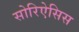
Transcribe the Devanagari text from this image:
सोरिऐसिस